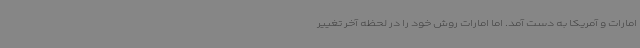
امارات و آمریکا به دست آمد. اما امارات روش خود را در لحظه آخر تغییر